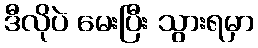
ဒီလိုပဲ မေးပြီး သွားရမှာ